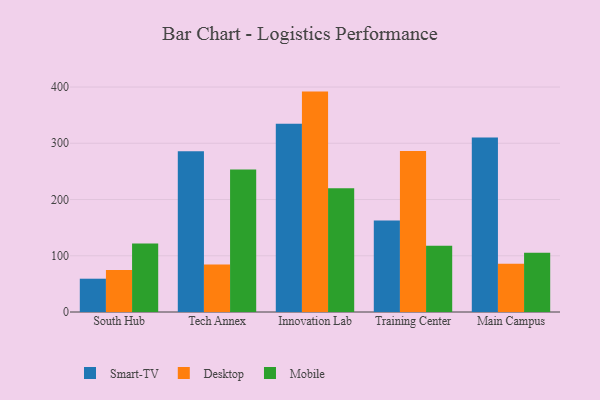
{"axis": {"x": "Campus", "y": "Budget (USD K)"}, "legend": ["Desktop", "Mobile", "Smart-TV"], "data": [{"x": "South Hub", "y": 59.2, "type": "Smart-TV"}, {"x": "South Hub", "y": 74.8, "type": "Desktop"}, {"x": "South Hub", "y": 121.8, "type": "Mobile"}, {"x": "Tech Annex", "y": 285.9, "type": "Smart-TV"}, {"x": "Tech Annex", "y": 84.6, "type": "Desktop"}, {"x": "Tech Annex", "y": 253.4, "type": "Mobile"}, {"x": "Innovation Lab", "y": 334.9, "type": "Smart-TV"}, {"x": "Innovation Lab", "y": 391.9, "type": "Desktop"}, {"x": "Innovation Lab", "y": 220.1, "type": "Mobile"}, {"x": "Training Center", "y": 162.9, "type": "Smart-TV"}, {"x": "Training Center", "y": 286.4, "type": "Desktop"}, {"x": "Training Center", "y": 117.9, "type": "Mobile"}, {"x": "Main Campus", "y": 310.4, "type": "Smart-TV"}, {"x": "Main Campus", "y": 85.8, "type": "Desktop"}, {"x": "Main Campus", "y": 105.5, "type": "Mobile"}]}